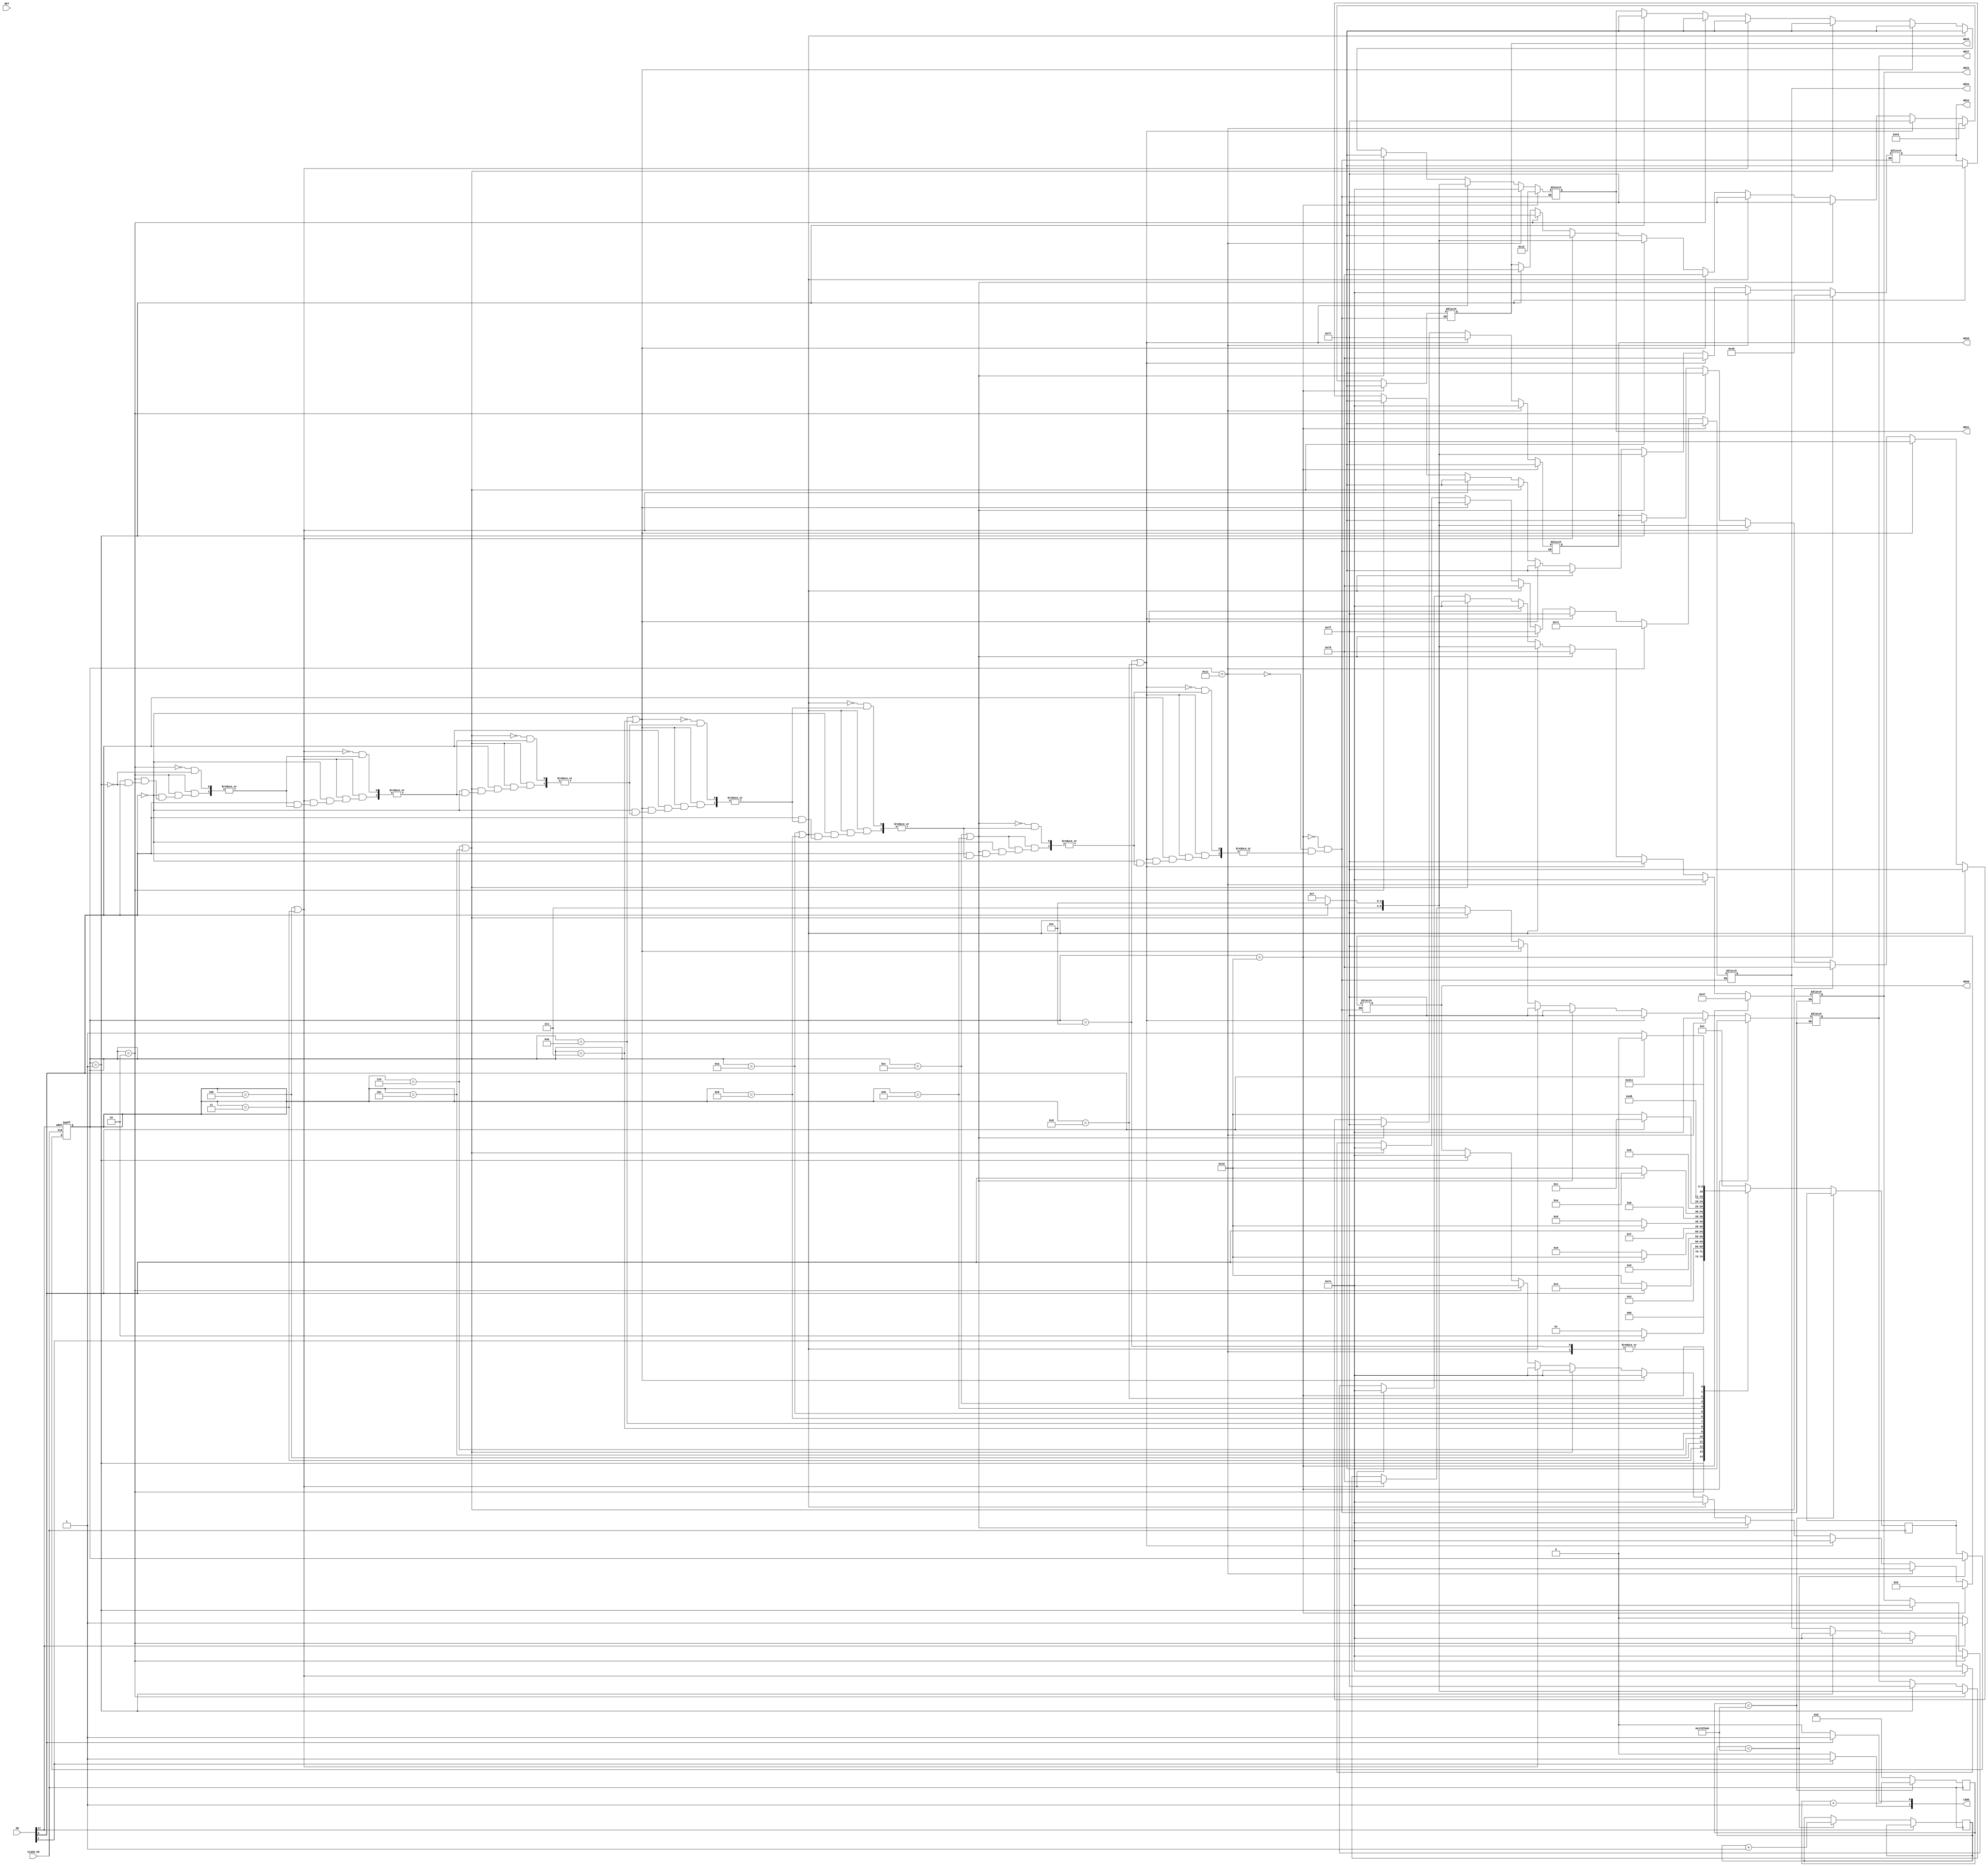
module HexGravJump (
    input [17:0] SW,
    input [3:0] KEY,
    input wire CLOCK_50,
	 output reg [7:0] LEDG,
    output reg [6:0] HEX0, 
	 output reg [6:0] HEX1, 
	 output reg [6:0] HEX2, 
	 output reg [6:0] HEX3, 
	 output reg [6:0] HEX4, 
	 output reg [6:0] HEX5, 
	 output reg [6:0] HEX6,
	 output reg [6:0] HEX7
    );
	
	
	parameter [4:0] IDLE 	= 5'b00001;
	parameter [4:0] select1 = 5'b00010;
	parameter [4:0] check1 	= 5'b00011;
	parameter [4:0] select2 = 5'b00100;
	parameter [4:0] check2	= 5'b00101;
	parameter [4:0] select3 = 5'b00110;
	parameter [4:0] check3 	= 5'b00111;
	parameter [4:0] select4 = 5'b01000;
	parameter [4:0] check4 	= 5'b01001;
	parameter [4:0] select5 = 5'b01010;
	parameter [4:0] check5	= 5'b01011;
	parameter [4:0] select6 = 5'b01100;
	parameter [4:0] check6 	= 5'b01101;
	parameter [4:0] select7 = 5'b01110;
	parameter [4:0] lose 	= 5'b10000;
	parameter [4:0] win 		= 5'b10001;
	
	reg [4:0] s;
	reg [4:0] ns;
	
	reg [34:0] count;
	reg [34:0] dout;
	
	
	// Switches between states
	always @(posedge CLOCK_50 or posedge SW[17]) begin
		if (SW[17]) begin
			s <= IDLE;
		end else begin
			if (count < 25000000) begin
				count <= count + 1;
			end else begin
				s <= ns;
			end
		end
	end
	

	always @(posedge CLOCK_50) begin
		if (dout < 25000000) begin
			dout <= dout + 1;
			//s <= ns;
		end else begin
			dout <= 0;
		// Next state logic
			case (s)
				IDLE: if (SW[1] == 1) begin
							ns <= select1;
						end else begin
							ns <= IDLE;
						end
					
				select1: ns <= check1;
			
				check1: 	if (SW[0] == 1) begin
								ns <= select2;
							end else begin
								ns <= lose;
							end
						
				select2: ns <= check2;
			
				check2: if (SW[0] == 0) begin
								ns <= select3;
							end else begin
								ns <= lose;
							end
						
				select3: ns <= check3;
			
				check3: if (SW[0] == 0) begin
								ns <= select4;
							end else begin
								ns <= lose;
							end
						
				select4: ns <= check4;
			
				check4: if (SW[0] == 1) begin
								ns <= select5;
							end else begin
								ns <= lose;
							end
						
				select5: ns <= check5;
			
				check5: if (SW[0] == 1) begin
								ns <= select6;
							end else begin
								ns <= lose;
							end
						
				select6: ns <= check6;
			
				check6: if (SW[0] == 0) begin
								ns <= win;
							end else begin
								ns <= lose;
							end
						
				select7: ns <= win;
			
				lose: ns <= lose;
			
				win: ns <= win;
			
				default: ns  = IDLE;
			
			endcase
		end
	end
	
	always @(*) begin
		
		// DEBUGGING SWITCHES
		
		if (SW[0] == 1) begin
			LEDG[0] = 1;
		end else begin
			LEDG[0] = 0;
		end
		if (SW[1] == 1) begin
			LEDG[1] = 1;
		end else begin
			LEDG[1] = 0;
		end
		if (SW[17]) begin
			LEDG[4] = 1;
		end else begin
			LEDG[4] = 0;
		end
		
		
		if (s == IDLE) begin
			
			// 1111110 TOP
			// 1110111 BOTTOM
			
			// 1111111 FULL BLANK
			// 1111001 EDGE PEICE
			
			HEX7 = 7'b1111111;                           
			HEX6 = 7'b1110111;
			HEX5 = 7'b1110111;
			HEX4 = 7'b1111110;
			HEX3 = 7'b1111110;
			HEX2 = 7'b1110111;
			HEX1 = 7'b1110111;
			HEX0 = 7'b1111110;
		
		end if (s == select1) begin
			
			if (SW[0] == 0) begin
							HEX7 = 7'b1110111; //select
							
							HEX6 = 7'b1110111;
							HEX5 = 7'b1110111;
							HEX4 = 7'b1111110;
							HEX3 = 7'b1111110;
							HEX2 = 7'b1110111;
							HEX1 = 7'b1110111;
							HEX0 = 7'b1111110;
			end if (SW[0] == 1) begin
							HEX7 = 7'b1111110; //select
							
							HEX6 = 7'b1110111;
							HEX5 = 7'b1110111;
							HEX4 = 7'b1111110;
							HEX3 = 7'b1111110;
							HEX2 = 7'b1110111;
							HEX1 = 7'b1110111;
							HEX0 = 7'b1111110;
			end
			
		end if (s == select2 || s == check1) begin
			
			if (SW[0] == 0) begin
							HEX7 = 7'b1111001;
							HEX6 = 7'b1110111; //select
							
							HEX5 = 7'b1110111;
							HEX4 = 7'b1111110;
							HEX3 = 7'b1111110;
							HEX2 = 7'b1110111;
							HEX1 = 7'b1110111;
							HEX0 = 7'b1111110;
			end if (SW[0] == 1) begin
							HEX7 = 7'b1111001;
							HEX6 = 7'b1111110; //select
							
							HEX5 = 7'b1110111;
							HEX4 = 7'b1111110;
							HEX3 = 7'b1111110;
							HEX2 = 7'b1110111;
							HEX1 = 7'b1110111;
							HEX0 = 7'b1111110;
			end
			
		end if (s == select3 || s == check2) begin
			
			if (SW[0] == 1) begin
							HEX7 = 7'b1111111;
							HEX6 = 7'b1111001;
							HEX5 = 7'b1111110; //select
							
							HEX4 = 7'b1111110;
							HEX3 = 7'b1111110;
							HEX2 = 7'b1110111;
							HEX1 = 7'b1110111;
							HEX0 = 7'b1111110;
			end if (SW[0] == 0) begin
							HEX7 = 7'b1111111;
							HEX6 = 7'b1111001;
							HEX5 = 7'b1110111; //select
							
							HEX4 = 7'b1111110;
							HEX3 = 7'b1111110;
							HEX2 = 7'b1110111;
							HEX1 = 7'b1110111;
							HEX0 = 7'b1111110;
			end
			
		end if (s == select4 || s == check3) begin
			
			if (SW[0] == 1) begin
							HEX7 = 7'b1111111;
							HEX6 = 7'b1111111;
							HEX5 = 7'b1111001;
							HEX4 = 7'b1111110; //select
							
							HEX3 = 7'b1111110;
							HEX2 = 7'b1110111;
							HEX1 = 7'b1110111;
							HEX0 = 7'b1111110;
			end if (SW[0] == 0) begin
							HEX7 = 7'b1111111;
							HEX6 = 7'b1111111;
							HEX5 = 7'b1111001;
							HEX4 = 7'b1110111; //select
							
							HEX3 = 7'b1111110;
							HEX2 = 7'b1110111;
							HEX1 = 7'b1110111;
							HEX0 = 7'b1111110;
			end
			
		end if (s == select5 || s == check4) begin
			
			if (SW[0] == 0) begin
							HEX7 = 7'b1111111;
							HEX6 = 7'b1111111;
							HEX5 = 7'b1111111;
							HEX4 = 7'b1111001;
							HEX3 = 7'b1110111; //select
							
							HEX2 = 7'b1110111;
							HEX1 = 7'b1110111;
							HEX0 = 7'b1111110;
			end if (SW[0] == 1) begin
							HEX7 = 7'b1111111;
							HEX6 = 7'b1111111;
							HEX5 = 7'b1111111;
							HEX4 = 7'b1111001;
							HEX3 = 7'b1111110; //select
							
							HEX2 = 7'b1110111;
							HEX1 = 7'b1110111;
							HEX0 = 7'b1111110;
			end
			
		end if (s == select6 || s == check5) begin
			
			if (SW[0] == 0) begin
							HEX7 = 7'b1111111;
							HEX6 = 7'b1111111;
							HEX5 = 7'b1111111;
							HEX4 = 7'b1111111;
							HEX3 = 7'b1111001;
							HEX2 = 7'b1110111; //select
							
							HEX1 = 7'b1110111;
							HEX0 = 7'b1111110;
			end if (SW[0] == 1) begin
							HEX7 = 7'b1111111;
							HEX6 = 7'b1111111;
							HEX5 = 7'b1111111;
							HEX4 = 7'b1111111;
							HEX3 = 7'b1111001;
							HEX2 = 7'b1111110; //select
							
							HEX1 = 7'b1110111;
							HEX0 = 7'b1111110;
			end
			
		end if (s == select7 || s == check6) begin
			
			if (SW[0] == 1) begin
							HEX7 = 7'b1111111;
							HEX6 = 7'b1111111;
							HEX5 = 7'b1111111;
							HEX4 = 7'b1111111;
							HEX3 = 7'b1111111;
							HEX2 = 7'b1111001;
							HEX1 = 7'b1111110; //select
							
							HEX0 = 7'b1111110;
							
			end if (SW[0] == 0) begin
							HEX7 = 7'b1111111;
							HEX6 = 7'b1111111;
							HEX5 = 7'b1111111;
							HEX4 = 7'b1111111;
							HEX3 = 7'b1111111;
							HEX2 = 7'b1111001;
							HEX1 = 7'b1110111; //select
							
							HEX0 = 7'b1111110;
							
			end
		
		// Winning BABY
		end if (s == win) begin
			HEX7 = 7'b1111110;                            
			HEX6 = 7'b1111110;
			HEX5 = 7'b1000011; //    |_|
			HEX3 = 7'b1111110;   
			HEX4 = 7'b1110001; //       _|
			HEX2 = 7'b1111110; 
			HEX1 = 7'b1111110;  
			HEX0 = 7'b1111110;
		
		// Loser Loser
		end if (s == lose) begin
			HEX7 = 7'b1110111;
			HEX6 = 7'b1110111;
			HEX3 = 7'b1000111; //L
			HEX2 = 7'b1000000; //O 
			HEX1 = 7'b0010010; //S
			HEX0 = 7'b0000110; //E
			HEX5 = 7'b1110111;
			HEX4 = 7'b1110111;
		end
	end

endmodule